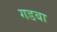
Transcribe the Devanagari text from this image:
गडबा